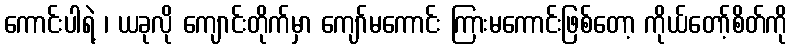
ကောင်းပါရဲ့ ၊ ယခုလို ကျောင်းတိုက်မှာ ကျော်မကောင်း ကြားမကောင်းဖြစ်တော့ ကိုယ်တော့်စိတ်ကို